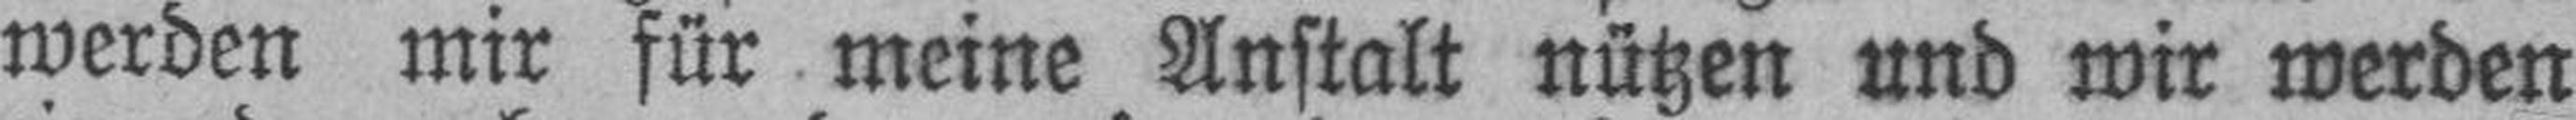
werden mir für meine Anstalt nützen und wir werden